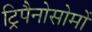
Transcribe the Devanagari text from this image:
ट्रिपैनोसोमों